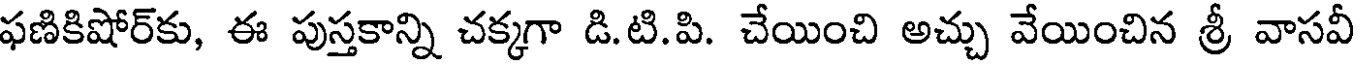
ఫణికిషోర్కు, ఈ పుస్తకాన్ని చక్కగా డి.టి.పి. చేయించి అచ్చు వేయించిన శ్రీ వాసవీ